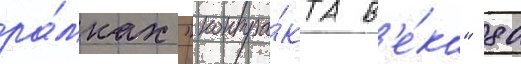
ра́мках "контра́кта в'е́ка" 80